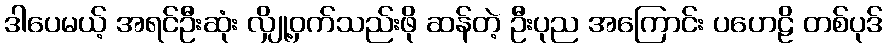
ဒါပေမယ့် အရင်ဦးဆုံး လျှို့ဝှက်သည်းဖို ဆန်တဲ့ ဦးပုည အကြောင်း ပဟေဠိ တစ်ပုဒ်